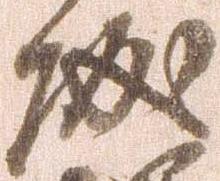
城